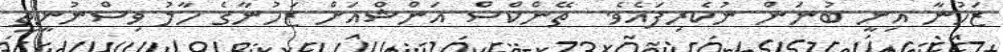
ޒަހުނާ އިނީ ބުނަން ނުކެރިފައެވެ.  ތޭންކްސް އަންޝްއަށް ޒަހުނާގެ ހާލު ވިސްނުނީތީ